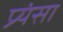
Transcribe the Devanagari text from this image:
प्र्यंसा